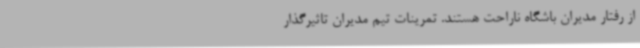
از رفتار مدیران باشگاه ناراحت هستند. تمرینات تیم مدیران تاثیرگذار